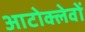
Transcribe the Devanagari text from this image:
आटोक्लेवों